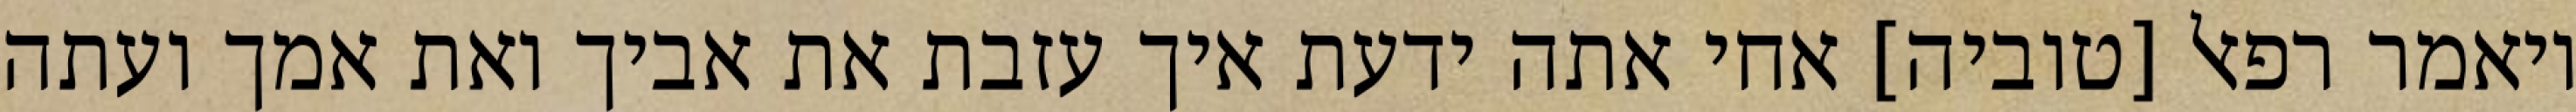
ויאמר רפאל [טוביה] אחי אתה ידעת איך עזבת את אביך ואת אמך ועתה